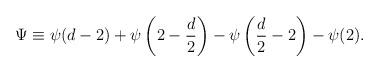
LaTeX: \begin{align*}\Psi \equiv \psi(d-2)+ \psi\left(2- {d \over 2}\right)- \psi\left({d \over 2}-2\right)-\psi(2).\end{align*}